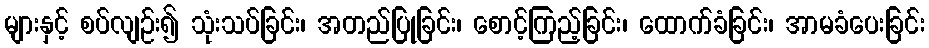
များနှင့် စပ်လျဉ်း၍ သုံးသပ်ခြင်း၊ အတည်ပြုခြင်း၊ စောင့်ကြည့်ခြင်း၊ ထောက်ခံခြင်း၊ အာမခံပေးခြင်း